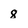
Character: 8